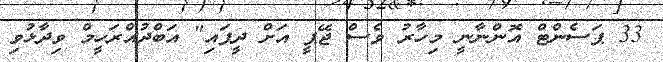
33 ޕަސެންޓް އޮންނާނީ މިހާރު ވެސް ޖޭޕީ އަށް ދީފައި" އަބްދުއްރަހީމް ވިދާޅުވި